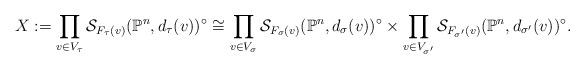
LaTeX: \begin{align*}X:=\prod_{v\in V_{\tau}}\mathcal{S}_{F_{\tau}(v)}(\mathbb{P}^{n},d_{\tau}(v))^{\circ}\cong\prod_{v\in V_{\sigma}}\mathcal{S}_{F_{\sigma}(v)}(\mathbb{P}^{n},d_{\sigma}(v))^{\circ}\times\prod_{v\in V_{\sigma'}}\mathcal{S}_{F_{\sigma'}(v)}(\mathbb{P}^{n},d_{\sigma'}(v))^{\circ}.\end{align*}